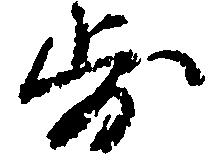
歩